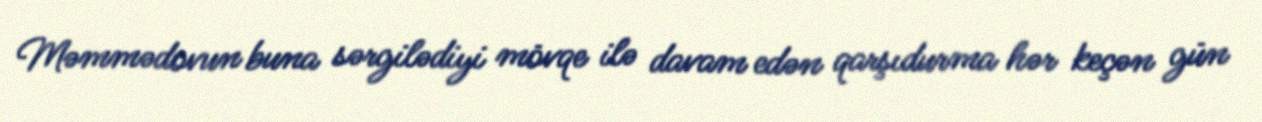
Məmmədovun buna sərgilədiyi mövqe ilə davam edən qarşıdurma hər keçən gün